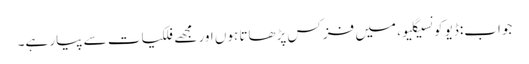
جواب:ڈیو کونسیگلیو، میں فزکس پڑھاتا ہوں اور مجھے فلکیات سے پیار ہے۔